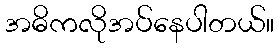
အဓိကလိုအပ်နေပါတယ်။